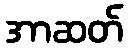
အာဆတ်